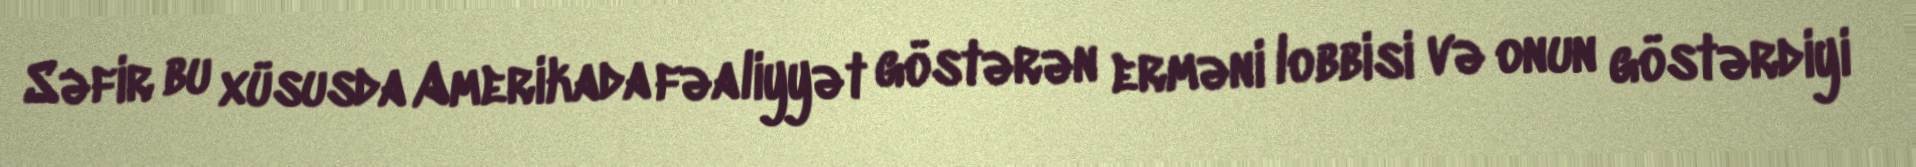
Səfir bu xüsusda Amerikada fəaliyyət göstərən erməni lobbisi və onun göstərdiyi